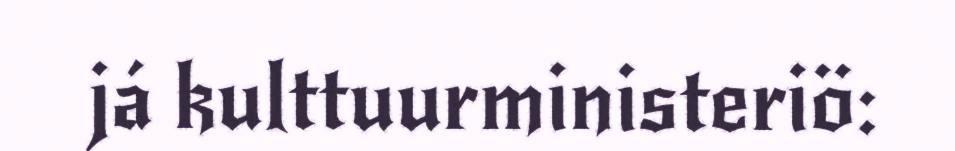
já kulttuurministeriö: